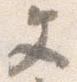
文